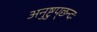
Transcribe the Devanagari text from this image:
अनुष्टुप्‌छन्दः